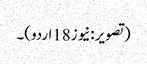
(تصویر:نیوز18اردو)۔